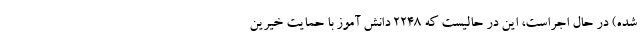
شده) در حال اجراست، این در حالیست که ۲۲۴۸ دانش آموز با حمایت خیرین